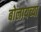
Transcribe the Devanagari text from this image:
बोलायच्या